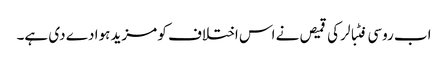
اب روسی فٹبالر کی قمیص نے اس اختلاف کو مزید ہوا دے دی ہے۔